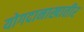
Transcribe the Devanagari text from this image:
योगदानाखातीर